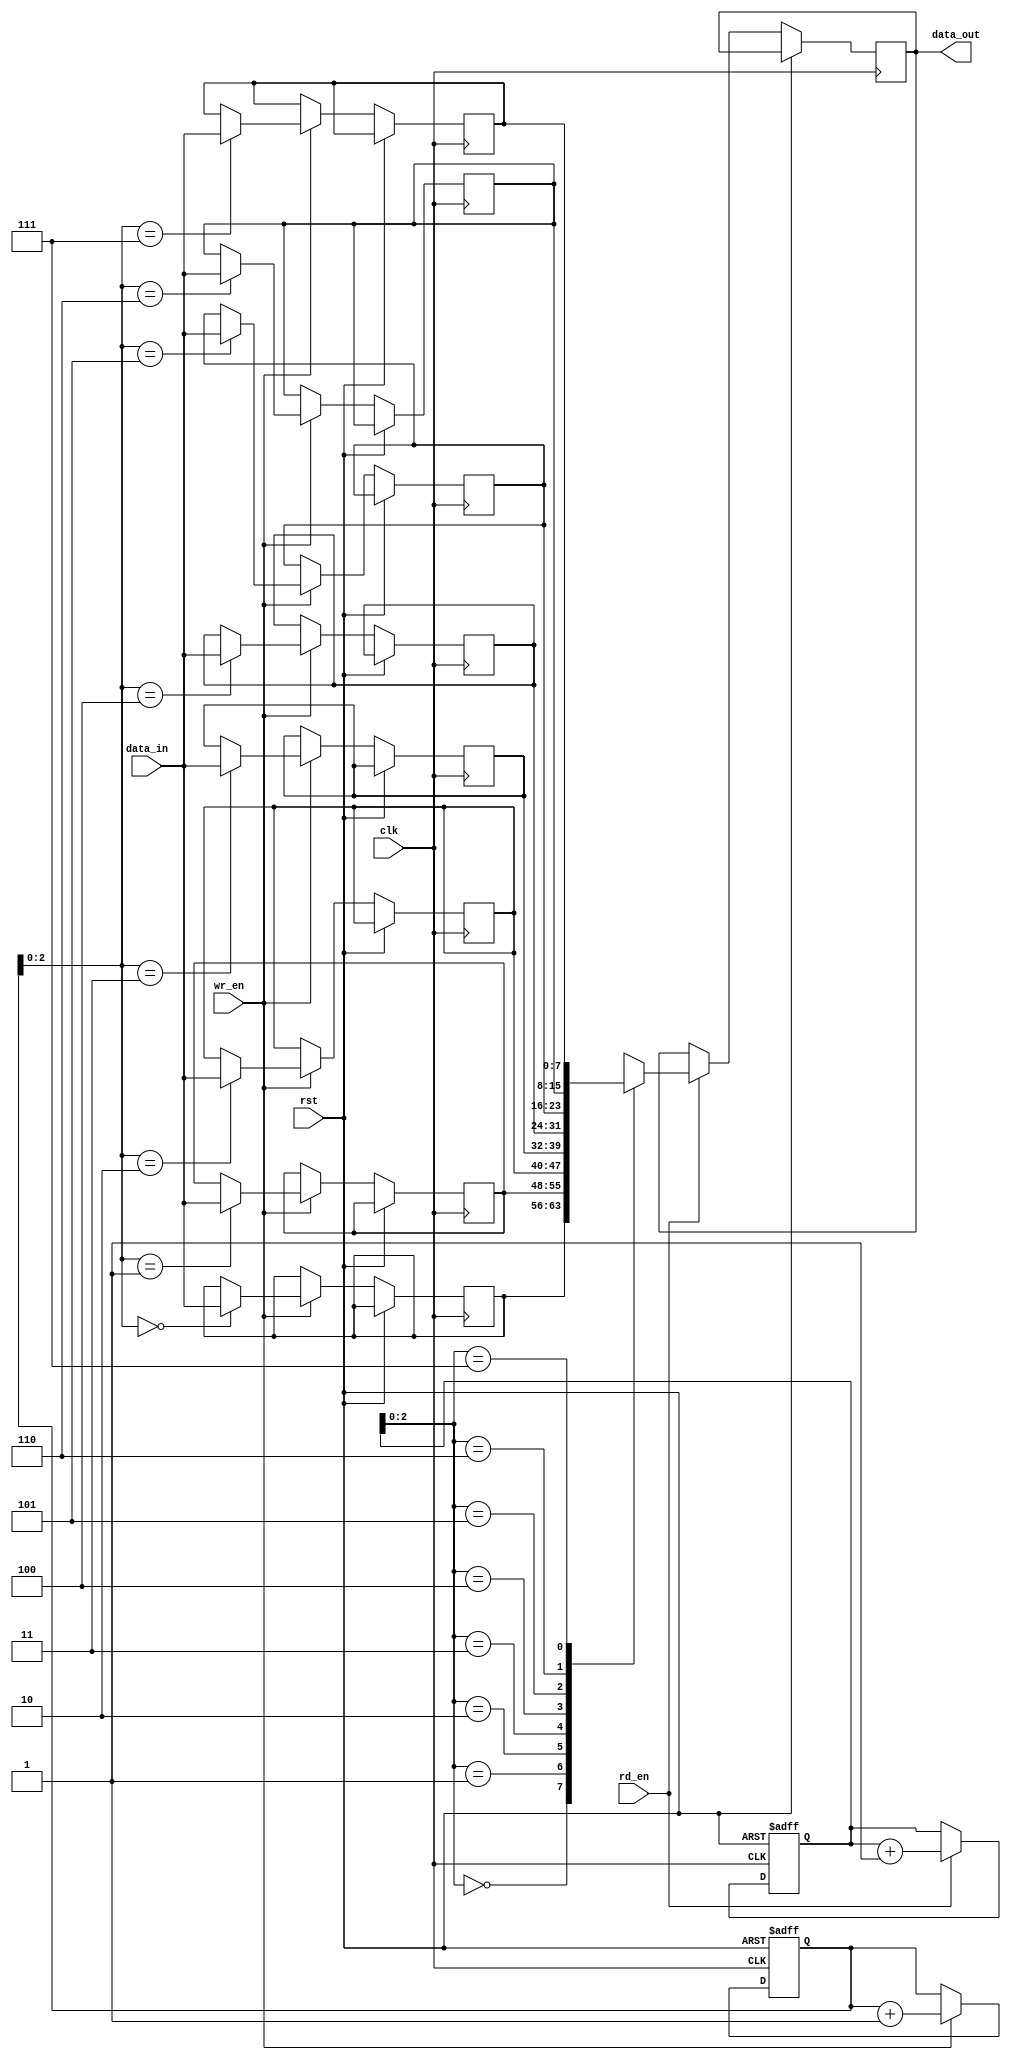
module fifo (
    input wire clk,
    input wire rst,
    input wire wr_en,
    input wire rd_en,
    input wire [7:0] data_in,
    output reg [7:0] data_out
);

parameter DEPTH = 8;

reg [7:0] memory [0:DEPTH-1];
reg [3:0] wr_ptr = 0;
reg [3:0] rd_ptr = 0;

always @(posedge clk or posedge rst) begin
    if (rst) begin
        wr_ptr <= 0;
        rd_ptr <= 0;
    end else begin
        if (wr_en) begin
            memory[wr_ptr] <= data_in;
            wr_ptr <= wr_ptr + 1;
        end
        
        if (rd_en) begin
            data_out <= memory[rd_ptr];
            rd_ptr <= rd_ptr + 1;
        end
    end
end

endmodule